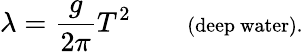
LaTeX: \lambda={\frac{g}{2\pi}}T^{2}\qquad\scriptstyle{\mathrm{(deep~water).}}